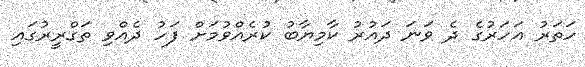
ހަތަރު އަހަރުގެ ދެ ވަނަ ދައުރު ކާމިޔާބު ކުރެއްވުމަށް ފަހު ދެއްވި ތަގްރީރުގައި